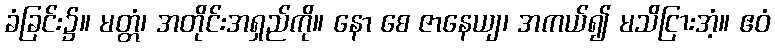
ခံခြင်း၌။ မတ္တံ၊ အတိုင်းအရှည်ကို။ နော စေ ဇာနေယျ၊ အကယ်၍ မသိငြားအံ့။ ဧဝံ